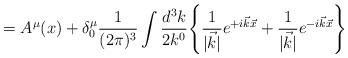
LaTeX: \begin{align*}= A^\mu (x) + \delta^\mu_0 \frac{1}{(2 \pi)^3} \int \frac{d^3 k}{2 k^0}\Biggl\{ \frac{1}{|\vec{k}|} e^{+i \vec{k} \vec{x}} + \frac{1}{|\vec{k}|} e^{-i \vec{k} \vec{x}} \Biggr\} \end{align*}